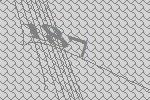
187